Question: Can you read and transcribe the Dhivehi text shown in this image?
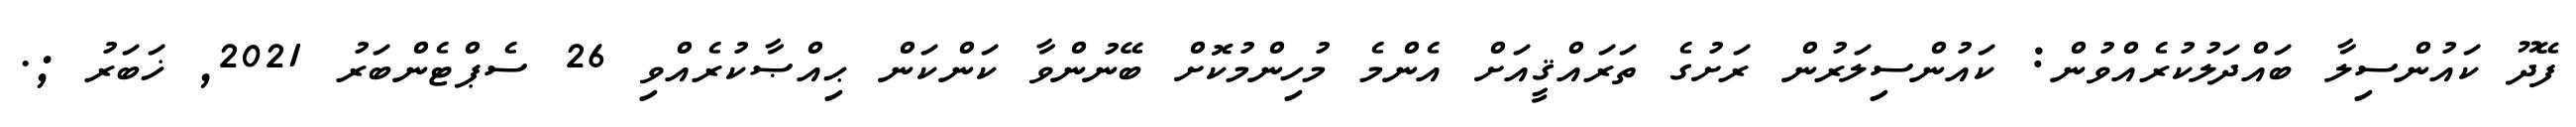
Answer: ފޭދޫ ކައުންސިލާ ބައްދަލުކުރެއްވުން: ކައުންސިލަރުން ރަށުގެ ތަރައްޤީއަށް އެންމެ މުހިންމުކޮށް ބޭނުންވާ ކަންކަން ޙިއްޞާކުރެއްވި 26 ސެޕްޓެންބަރު 2021, ޚަބަރު ;.